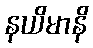
နယိမာနိ